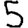
Digit: 5